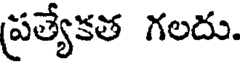
ప్రత్యేకత గలదు.